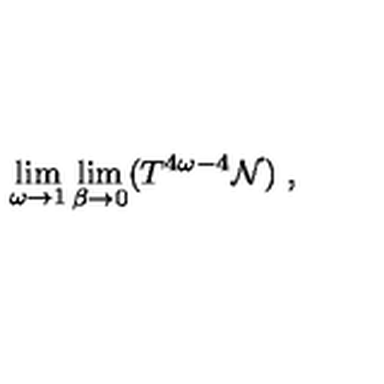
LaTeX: \lim _ { \omega \to 1 } \lim _ { \beta \to 0 } ( T ^ { 4 \omega - 4 } { \cal N } ) \ ,